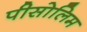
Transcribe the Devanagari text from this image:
पीसोलिम